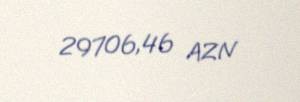
29706,46 AZN